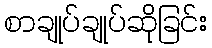
စာချုပ်ချုပ်ဆိုခြင်း